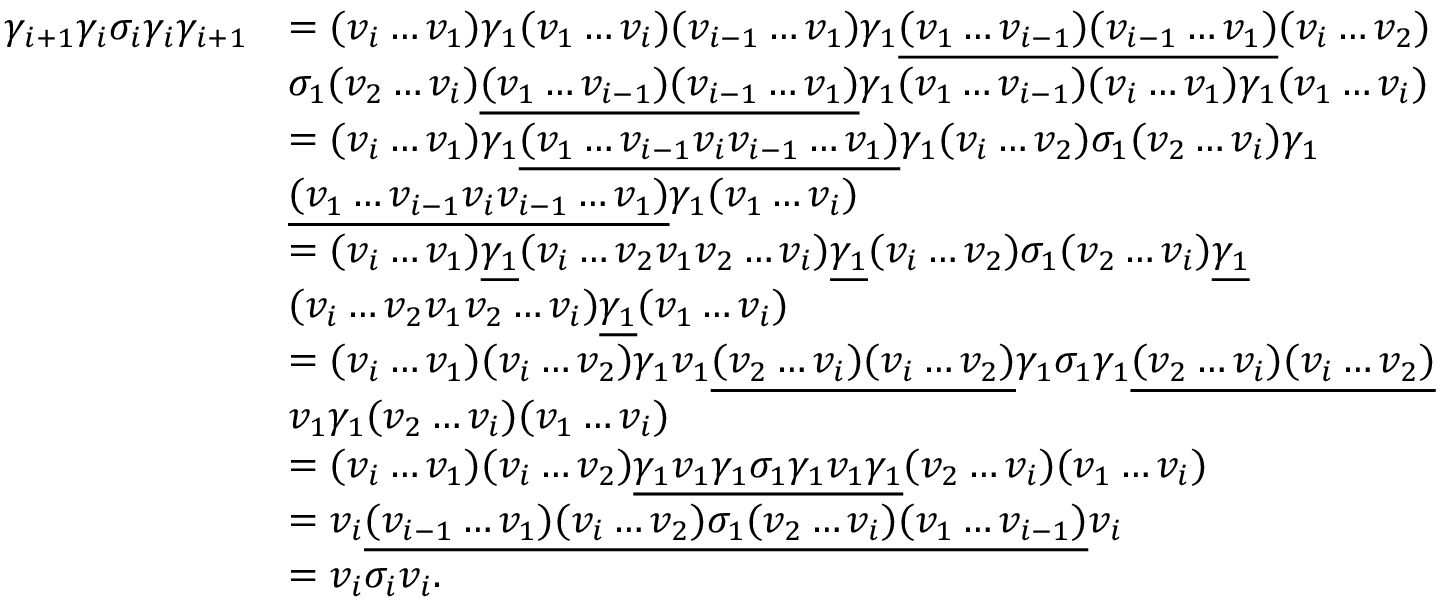
\begin{array} { r l } { \gamma _ { i + 1 } \gamma _ { i } \sigma _ { i } \gamma _ { i } \gamma _ { i + 1 } } & { = ( v _ { i } \ldots v _ { 1 } ) \gamma _ { 1 } ( v _ { 1 } \ldots v _ { i } ) ( v _ { i - 1 } \ldots v _ { 1 } ) \gamma _ { 1 } \underline { { ( v _ { 1 } \ldots v _ { i - 1 } ) ( v _ { i - 1 } \ldots v _ { 1 } ) } } ( v _ { i } \ldots v _ { 2 } ) } \\ & { \sigma _ { 1 } ( v _ { 2 } \ldots v _ { i } ) \underline { { ( v _ { 1 } \ldots v _ { i - 1 } ) ( v _ { i - 1 } \ldots v _ { 1 } ) } } \gamma _ { 1 } ( v _ { 1 } \ldots v _ { i - 1 } ) ( v _ { i } \ldots v _ { 1 } ) \gamma _ { 1 } ( v _ { 1 } \ldots v _ { i } ) } \\ & { = ( v _ { i } \ldots v _ { 1 } ) \gamma _ { 1 } \underline { { ( v _ { 1 } \ldots v _ { i - 1 } v _ { i } v _ { i - 1 } \ldots v _ { 1 } ) } } \gamma _ { 1 } ( v _ { i } \ldots v _ { 2 } ) \sigma _ { 1 } ( v _ { 2 } \ldots v _ { i } ) \gamma _ { 1 } } \\ & { \underline { { ( v _ { 1 } \ldots v _ { i - 1 } v _ { i } v _ { i - 1 } \ldots v _ { 1 } ) } } \gamma _ { 1 } ( v _ { 1 } \ldots v _ { i } ) } \\ & { = ( v _ { i } \ldots v _ { 1 } ) \underline { { \gamma _ { 1 } } } ( v _ { i } \ldots v _ { 2 } v _ { 1 } v _ { 2 } \ldots v _ { i } ) \underline { { \gamma _ { 1 } } } ( v _ { i } \ldots v _ { 2 } ) \sigma _ { 1 } ( v _ { 2 } \ldots v _ { i } ) \underline { { \gamma _ { 1 } } } } \\ & { ( v _ { i } \ldots v _ { 2 } v _ { 1 } v _ { 2 } \ldots v _ { i } ) \underline { { \gamma _ { 1 } } } ( v _ { 1 } \ldots v _ { i } ) } \\ & { = ( v _ { i } \ldots v _ { 1 } ) ( v _ { i } \ldots v _ { 2 } ) \gamma _ { 1 } v _ { 1 } \underline { { ( v _ { 2 } \ldots v _ { i } ) ( v _ { i } \ldots v _ { 2 } ) } } \gamma _ { 1 } \sigma _ { 1 } \gamma _ { 1 } \underline { { ( v _ { 2 } \ldots v _ { i } ) ( v _ { i } \ldots v _ { 2 } ) } } } \\ & { v _ { 1 } \gamma _ { 1 } ( v _ { 2 } \ldots v _ { i } ) ( v _ { 1 } \ldots v _ { i } ) } \\ & { = ( v _ { i } \ldots v _ { 1 } ) ( v _ { i } \ldots v _ { 2 } ) \underline { { \gamma _ { 1 } v _ { 1 } \gamma _ { 1 } \sigma _ { 1 } \gamma _ { 1 } v _ { 1 } \gamma _ { 1 } } } ( v _ { 2 } \ldots v _ { i } ) ( v _ { 1 } \ldots v _ { i } ) } \\ & { = v _ { i } \underline { { ( v _ { i - 1 } \ldots v _ { 1 } ) ( v _ { i } \ldots v _ { 2 } ) \sigma _ { 1 } ( v _ { 2 } \ldots v _ { i } ) ( v _ { 1 } \ldots v _ { i - 1 } ) } } v _ { i } } \\ & { = v _ { i } \sigma _ { i } v _ { i } . } \end{array}